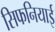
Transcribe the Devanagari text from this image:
सिफनियाई